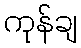
ကုန်ချ